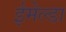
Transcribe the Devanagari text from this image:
ईमेल्डा